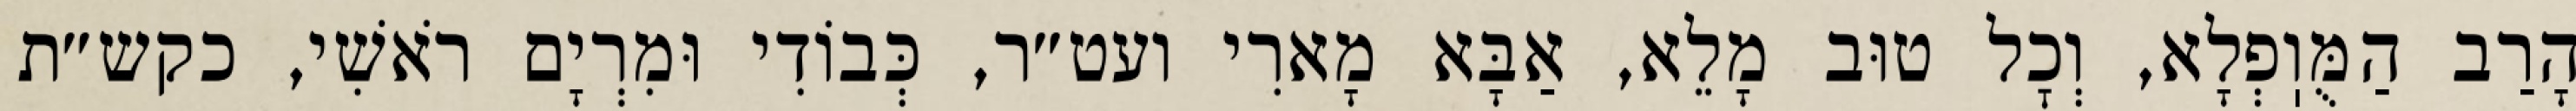
הָרַב הַמֻּוֽפְלָא, וְכׇל טוּב מָלֵא, אַבָּא מָארִי ועט״ר, כְּבוֹדִי וּמִרְיָם רֹאשִׁי, כקש״ת